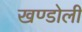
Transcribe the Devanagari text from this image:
खण्डोली